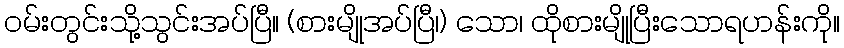
ဝမ်းတွင်းသို့သွင်းအပ်ပြီ။ (စားမျိုအပ်ပြီ၊) သော၊ ထိုစားမျိုပြီးသောရဟန်းကို။